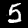
Label: 5